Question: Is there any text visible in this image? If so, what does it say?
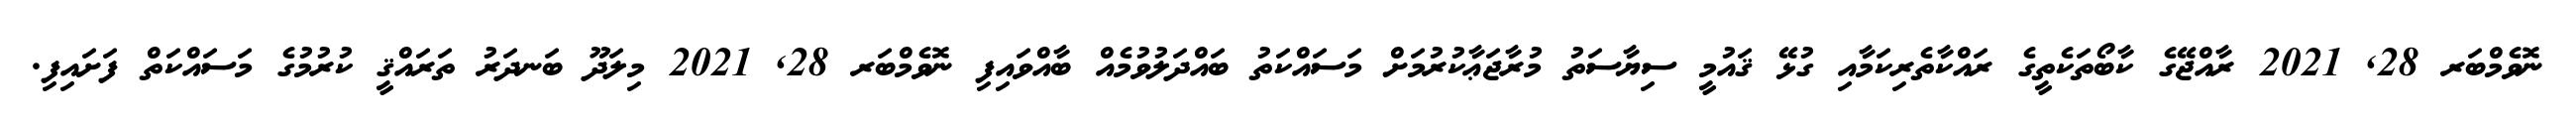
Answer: ނޮވެމްބަރ 28, 2021 ރާއްޖޭގެ ކާބޯތަކެތީގެ ރައްކާތެރިކަމާއި ގުޅޭ ޤައުމީ ސިޔާސަތު މުރާޖަޢާކުރުމަށް މަސައްކަތު ބައްދަލުވުމެއް ބާއްވައިފި ނޮވެމްބަރ 28, 2021 މިލަދޫ ބަނދަރު ތަރައްޤީ ކުރުމުގެ މަސައްކަތް ފަށައިފި.